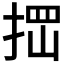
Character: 𰓾